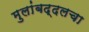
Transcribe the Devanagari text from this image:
मुलांबद्दलचा